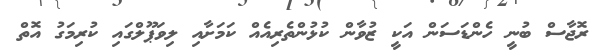
ރޮޖާސް ބުނީ ހެންޑަސަން އަކީ ޒުވާން ކުޅުންތެރިއެއް ކަމަށާއި ލިވަޕޫލްގައި ކުރިމަގު އޮތް